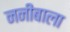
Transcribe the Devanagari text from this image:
ननीबाला